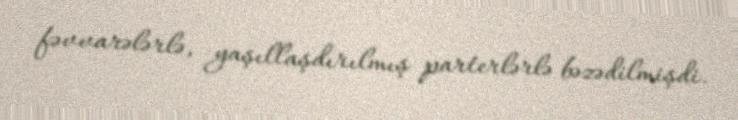
fəvvarələrlə, yaşıllaşdırılmış parterlərlə bəzədilmişdi.